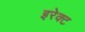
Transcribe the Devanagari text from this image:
इरेक्ट